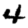
Digit: 4